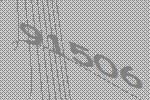
91506